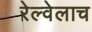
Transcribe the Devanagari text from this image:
रेल्वेलाच